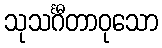
သုသင်္ဂီတာဝုသော